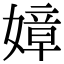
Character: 嫜